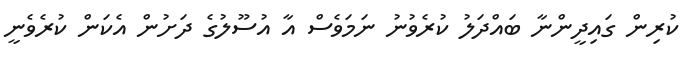
ކުރިން ގައިދީންނާ ބައްދަލު ކުރެވުނު ނަމަވެސް އާ އުސޫލުގެ ދަށުން އެކަން ކުރެވެނީ